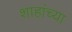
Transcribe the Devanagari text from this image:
शाहांच्या